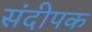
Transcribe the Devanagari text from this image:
संदीपक